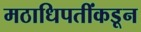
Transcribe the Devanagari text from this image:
मठाधिपतींकडून